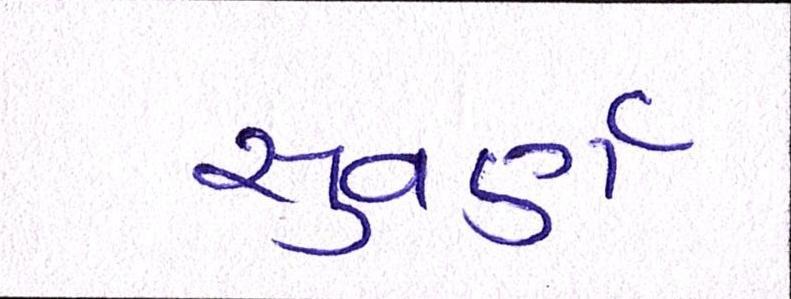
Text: સુવર્ણ